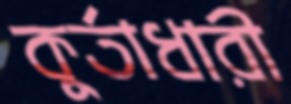
কুর্তাধারী